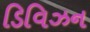
ડિવિઝન